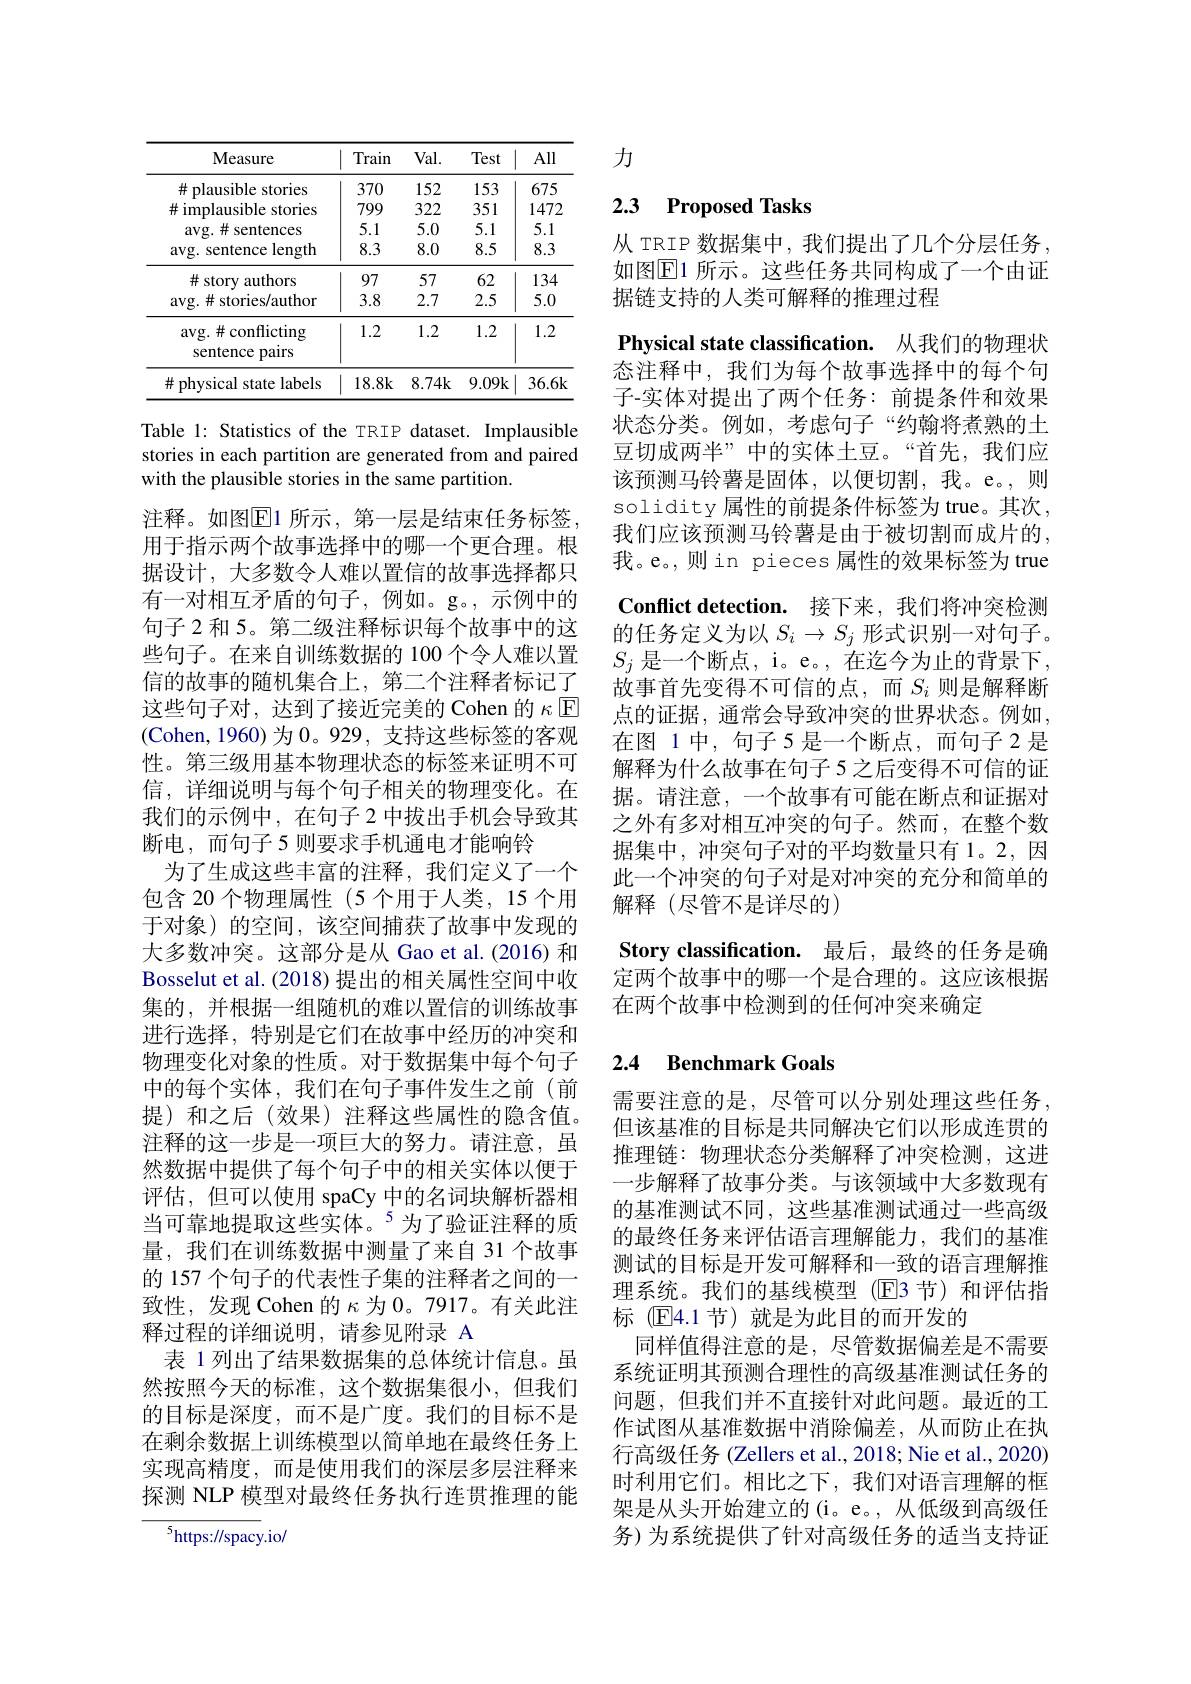
<table>
	<tbody>
		<tr>
			<th>Measure</th>
			<th>Train</th>
			<th>$Val.$</th>
			<th>Test</th>
			<th>All</th>
		</tr>
		<tr>
			<td>$\#$ plausible stories</td>
			<td>370</td>
			<td>152</td>
			<td>153</td>
			<td>675</td>
		</tr>
		<tr>
			<td>$\#$ implausible stories</td>
			<td>799</td>
			<td>322</td>
			<td>351</td>
			<td>1472</td>
		</tr>
		<tr>
			<td>avg.# sentences</td>
			<td>5.1</td>
			<td>5.0</td>
			<td>5.1</td>
			<td>5.1</td>
		</tr>
		<tr>
			<td>avg. sentence length</td>
			<td>8.3</td>
			<td>8.0</td>
			<td>8.5</td>
			<td>8.3</td>
		</tr>
		<tr>
			<td>$\#$ story authors</td>
			<td>97</td>
			<td>57</td>
			<td>62</td>
			<td>134</td>
		</tr>
		<tr>
			<td>$\arg.\#$stories/author</td>
			<td>3.8</td>
			<td>2.7</td>
			<td>2.5</td>
			<td>5.0</td>
		</tr>
		<tr>
			<td>avg. # conflicting sentence pairs</td>
			<td>1.2</td>
			<td>1.2</td>
			<td>1.2</td>
			<td>1.2</td>
		</tr>
		<tr>
			<td>$\#$ physical state labels</td>
			<td>18.8k</td>
			<td>$8.74k$</td>
			<td>9.09k</td>
			<td>36.6k</td>
		</tr>
	</tbody>
</table>

Table 1: Statistics of the TRIP dataset. Implausible stories in each partition are generated from and paired with the plausible stories in the same partition.

注释。如图$\overline{\mathrm{E}}$1 所示，第一层是结束任务标签， 用于指示两个故事选择中的哪一个更合理。根据设计，大多数令人难以置信的故事选择都只有一对相互矛盾的句子，例如。g。,示例中的句子 2 和 5。第二级注释标识每个故事中的这些句子。在来自训练数据的 100 个令人难以置信的故事的随机集合上，第二个注释者标记了这些句子对，达到了接近完美的 Cohen 的$\kappa$ E (Cohen,1960)为0。929,支持这些标签的客观性。第三级用基本物理状态的标签来证明不可信，详细说明与每个句子相关的物理变化。在我们的示例中，在句子 2 中拔出手机会导致其断电，而句子5 则要求手机通电才能响铃
为了生成这些丰富的注释，我们定义了一个包含 20 个物理属性 (5 个用于人类，15 个用于对象)的空间，该空间捕获了故事中发现的大多数冲突。这部分是从 Gao et al.(2016) 和Bosselut et al. (2018) 提出的相关属性空间中收集的，并根据一组随机的难以置信的训练故事进行选择，特别是它们在故事中经历的冲突和物理变化对象的性质。对于数据集中每个句子中的每个实体，我们在句子事件发生之前(前提)和之后(效果)注释这些属性的隐含值。注释的这一步是一项巨大的努力。请注意，虽然数据中提供了每个句子中的相关实体以便于评估，但可以使用 spaCy 中的名词块解析器相当可靠地提取这些实体。$^{5}$为了验证注释的质量，我们在训练数据中测量了来自 31 个故事的 157 个句子的代表性子集的注释者之间的一致性，发现 Cohen 的$\kappa$为 0。7917。有关此注释过程的详细说明，请参见附录 A
表 1 列出了结果数据集的总体统计信息。虽然按照今天的标准，这个数据集很小，但我们的目标是深度，而不是广度。我们的目标不是在剩余数据上训练模型以简单地在最终任务上实现高精度，而是使用我们的深层多层注释来探测 NLP 模型对最终任务执行连贯推理的能

$^{5}$https://spacy.io/

力

# 2.3 Proposed Tasks

从 TRIP 数据集中，我们提出了几个分层任务， 如图$\boxed{\mathrm{E}}1$ 所示。这些任务共同构成了一个由证据链支持的人类可解释的推理过程

Physical state classification. 从我们的物理状态注释中，我们为每个故事选择中的每个句子-实体对提出了两个任务：前提条件和效果状态分类。例如，考虑句子“约翰将煮熟的土豆切成两半”中的实体土豆。“首先，我们应该预测马铃薯是固体，以便切割，我。e。则solidity 属性的前提条件标签为 true。其次， 我们应该预测马铃薯是由于被切割而成片的， 我。e。,则 in pieces 属性的效果标签为 true Conflict detection. 接下来，我们将冲突检测的任务定义为以$S_i\to S_j$形式识别一对句子。$S_j$ 是一个断点，i。e。,在迄今为止的背景下， 故事首先变得不可信的点，而$S_i$ 则是解释断点的证据，通常会导致冲突的世界状态。例如， 在图 1中，句子 5 是一个断点，而句子 2 是解释为什么故事在句子 5 之后变得不可信的证据。请注意，一个故事有可能在断点和证据对之外有多对相互冲突的句子。然而，在整个数据集中，冲突句子对的平均数量只有1。2,因此一个冲突的句子对是对冲突的充分和简单的解释(尽管不是详尽的)
Story classification. 最后，最终的任务是确定两个故事中的哪一个是合理的。这应该根据在两个故事中检测到的任何冲突来确定

## 2.4 Benchmark Goals

需要注意的是，尽管可以分别处理这些任务， 但该基准的目标是共同解决它们以形成连贯的推理链：物理状态分类解释了冲突检测，这进一步解释了故事分类。与该领域中大多数现有的基准测试不同，这些基准测试通过一些高级的最终任务来评估语言理解能力，我们的基准测试的目标是开发可解释和一致的语言理解推理系统。我们的基线模型(E3 节)和评估指标(E4.1节)就是为此目的而开发的
同样值得注意的是，尽管数据偏差是不需要系统证明其预测合理性的高级基准测试任务的问题，但我们并不直接针对此问题。最近的工作试图从基准数据中消除偏差，从而防止在执行高级任务 (Zellers et al., 2018; Nie et al., 2020) 时利用它们。相比之下，我们对语言理解的框架是从头开始建立的(i。e。, 从低级到高级任务)为系统提供了针对高级任务的适当支持证